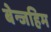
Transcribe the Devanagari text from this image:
बेन्जहिम